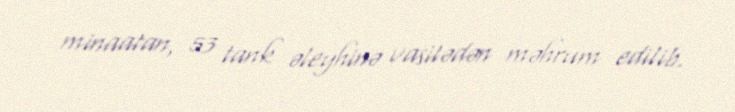
minaatan, 53 tank əleyhinə vasitədən məhrum edilib.